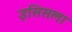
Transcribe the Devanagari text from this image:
इसिसला